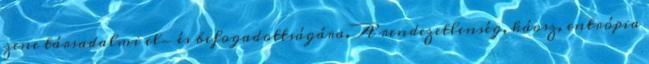
zene társadalmi el- és befogadottságára. A rendezetlenség, káosz, entrópia